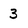
Character: 3